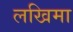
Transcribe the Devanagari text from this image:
लखिमा